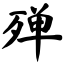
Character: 殚